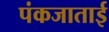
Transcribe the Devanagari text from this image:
पंकजाताई